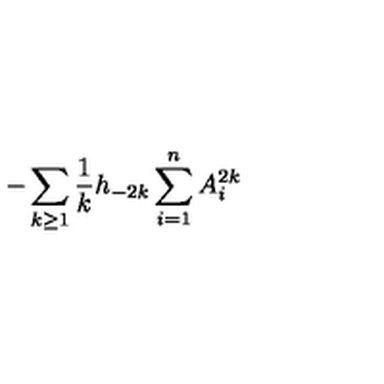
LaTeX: - \sum _ { k \ge 1 } { \frac { 1 } { k } } h _ { - 2 k } \sum _ { i = 1 } ^ { n } A _ { i } ^ { 2 k }